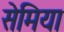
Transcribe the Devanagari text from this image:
सेमिया